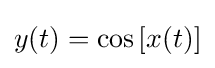
y(t)=\cos {[x(t)]}